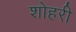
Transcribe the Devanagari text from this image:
शोहरी